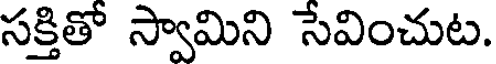
సక్తితో స్వామిని సేవించుట.